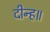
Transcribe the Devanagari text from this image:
दीन्ह॥